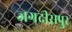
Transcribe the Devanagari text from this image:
जगदीसपुर